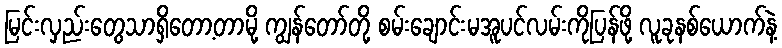
မြင်းလှည်းတွေသာရှိတော့တာမို့ ကျွန်တော်တို့ စမ်းချောင်းမအူပင်လမ်းကိုပြန်ဖို့ လူခုနစ်ယောက်နဲ့